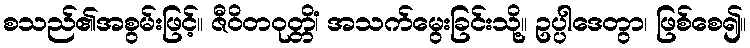
စသည်၏အစွမ်းဖြင့်။ ဇီဝိတဝုတ္တိံ၊ အသက်မွေးခြင်းသို့။ ဥပ္ပါဒေတွာ၊ ဖြစ်စေ၍။